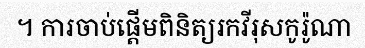
។ ការចាប់ផ្តើមពិនិត្យរកវីរុសកូរ៉ូណា